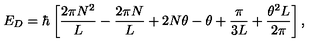
E _ { D } = \hbar \left[ { \frac { 2 \pi N ^ { 2 } } { L } } - { \frac { 2 \pi N } { L } } + 2 N \theta - \theta + { \frac { \pi } { 3 L } } + { \frac { \theta ^ { 2 } L } { 2 \pi } } \right] ,